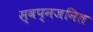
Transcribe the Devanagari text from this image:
स्वप्नजनित